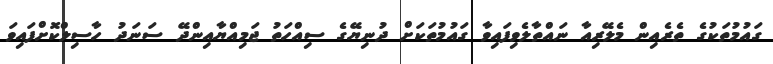
ގައުމުތަކުގެ ތެރެއިން މެލޭރިއާ ނައްތާލެވިފައިވާ ގައުމުތަކަށް ދުނިޔޭގެ ސިއްހަތު ޖަމިއްޔާއިންދޭ ސަނަދު ހާސިލްކޮށްފައިވަ